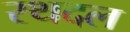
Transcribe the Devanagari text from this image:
रथदल